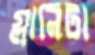
গ্লানিটা